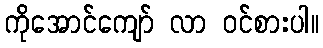
ကိုအောင်ကျော် လာ ဝင်စားပါ။